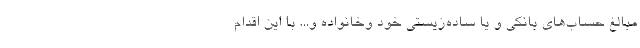
مبالغ حساب‌های بانکی و یا ساده‌زیستی خود و‌خانواده و... با این اقدام